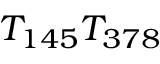
T _ { 1 4 5 } T _ { 3 7 8 }